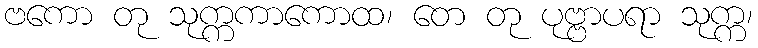
ဗကော တု သုက္ကကာကောထ၊ တေ တု ပုဗ္ဗာပရာ သုက္က၊